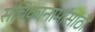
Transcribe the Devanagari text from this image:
संचिकानामांसाठी